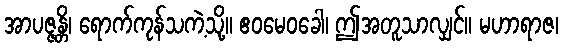
အာပဇ္ဇန္တိ၊ ရောက်ကုန်သကဲ့သို့။ ဧဝမေဝခေါ၊ ဤအတူသာလျှင်။ မဟာရာဇ၊